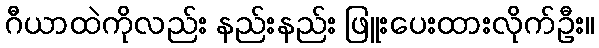
ဂီယာထဲကိုလည်း နည်းနည်း ဖြူးပေးထားလိုက်ဦး။